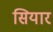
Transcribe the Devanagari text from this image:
सियार